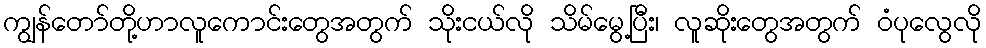
ကျွန်တော်တို့ဟာလူကောင်းတွေအတွက် သိုးငယ်လို သိမ်မွေ့ပြီး၊ လူဆိုးတွေအတွက် ဝံပုလွေလို